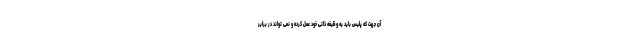
آن جهت که پلیس باید به وظیفه ذاتی خود عمل کرده و نمی تواند در برابر